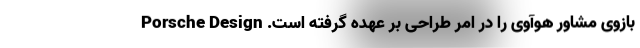
بازوی مشاور هوآوی را در امر طراحی بر عهده گرفته است. Porsche Design